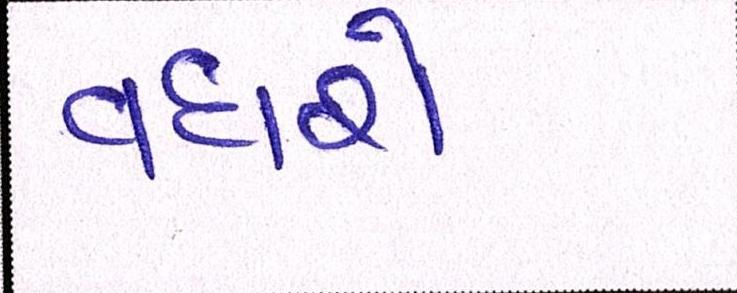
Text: વધશે